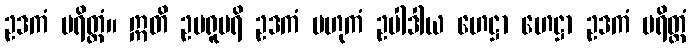
ဥဒကံ ပရိတ္တံ။ ဣတိ ဥပရူပရိ ဥဒကံ ဗဟုကံ ဥပါဒါယ ဟေဋ္ဌာ ဟေဋ္ဌာ ဥဒကံ ပရိတ္တံ